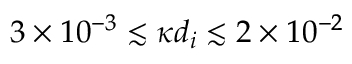
3 \times 1 0 ^ { - 3 } \lesssim \kappa d _ { i } \lesssim 2 \times 1 0 ^ { - 2 }